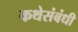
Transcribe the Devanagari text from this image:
कथेसंबंधी